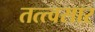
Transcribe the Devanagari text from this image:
तत्त्वसार